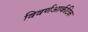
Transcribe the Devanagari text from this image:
विवर्णआर्कटिक